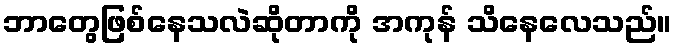
ဘာတွေဖြစ်နေသလဲဆိုတာကို အကုန် သိနေလေသည်။